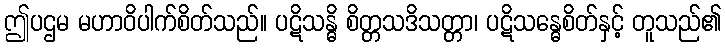
ဤပဌမ မဟာဝိပါက်စိတ်သည်။ ပဋိသန္ဓိ စိတ္တသဒိသတ္တာ၊ ပဋိသန္ဓေစိတ်နှင့် တူသည်၏